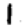
Digit: 1